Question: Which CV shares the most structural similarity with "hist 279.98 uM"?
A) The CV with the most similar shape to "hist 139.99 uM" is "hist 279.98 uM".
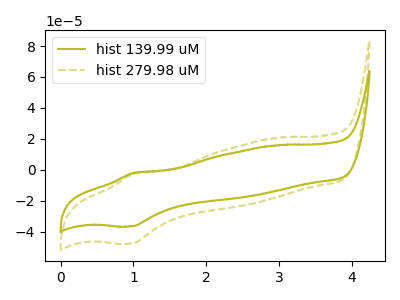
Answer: <think>The olive curve "hist 139.99 uM" has an anodic peak at (1.00V, -2.05uA) and a cathodic peak at (0.95V, -36.55uA). The olive dashed curve "hist 279.98 uM" has an anodic peak at (1.00V, -2.65uA) and a cathodic peak at (0.95V, -47.70uA).
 All the peaks in "hist 139.99 uM" have a peak in "hist 279.98 uM" at the same potential.</think>
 <answer>A) The CV with the most similar shape to "hist 139.99 uM" is "hist 279.98 uM".</answer>
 <eval>A</eval>